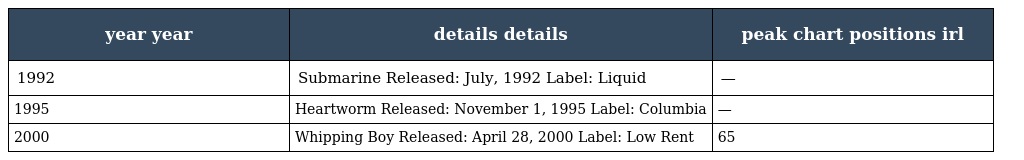
| year year | details details | peak chart positions irl |
 | --- | --- | --- |
 | 1992 | Submarine Released: July, 1992 Label: Liquid | — |
 | 1995 | Heartworm Released: November 1, 1995 Label: Columbia | — |
 | 2000 | Whipping Boy Released: April 28, 2000 Label: Low Rent | 65 |